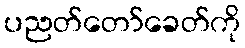
ပညတ်တော်ခေတ်ကို